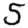
Digit: 5